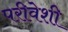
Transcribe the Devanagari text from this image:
परीवेशी